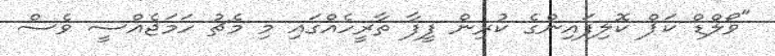
"ވޯލްޑް ކަޕް ކޮލިފައިންގެ ކުރިން ފީފާ ތާރީހެއްގައި މި މެޗު ހަމަޖެއްސީ ވެސް